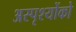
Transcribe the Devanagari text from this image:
अस्पृश्योंको